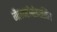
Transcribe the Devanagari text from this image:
गैलक्टोपोइएसिस